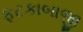
ફટકાબાજી